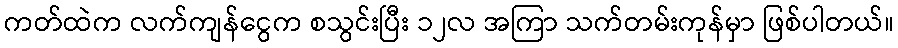
ကတ်ထဲက လက်ကျန်ငွေက စသွင်းပြီး ၁၂လ အကြာ သက်တမ်းကုန်မှာ ဖြစ်ပါတယ်။